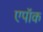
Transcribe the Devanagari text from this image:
एपॉक